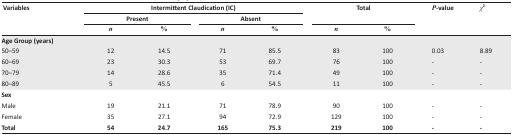
<table><thead><tr><td><b>Variables</b></td><td colspan="4"><b>Intermittent Claudication (IC)</b></td><td colspan="2"><b>Total</b></td><td><b><i>P</i>-value</b></td><td><b><i>χ</i><sup>2</sup></b></td></tr><tr><td></td><td colspan="2"><b>Present</b></td><td colspan="2"><b>Absent</b></td><td></td><td></td><td></td><td></td></tr><tr><td></td><td><b><i>n</i></b></td><td><b>%</b></td><td><b><i>n</i></b></td><td><b>%</b></td><td><b><i>n</i></b></td><td><b>%</b></td><td></td><td></td></tr></thead><tbody><tr><td><b>Age Group (years)</b></td><td></td><td></td><td></td><td></td><td></td><td></td><td></td><td></td></tr><tr><td>50–59</td><td>12</td><td>14.5</td><td>71</td><td>85.5</td><td>83</td><td>100</td><td>0.03</td><td>8.89</td></tr><tr><td>60–69</td><td>23</td><td>30.3</td><td>53</td><td>69.7</td><td>76</td><td>100</td><td>-</td><td>-</td></tr><tr><td>70–79</td><td>14</td><td>28.6</td><td>35</td><td>71.4</td><td>49</td><td>100</td><td>-</td><td>-</td></tr><tr><td>80–89</td><td>5</td><td>45.5</td><td>6</td><td>54.5</td><td>11</td><td>100</td><td>-</td><td>-</td></tr><tr><td><b>Sex</b></td><td></td><td></td><td></td><td></td><td></td><td></td><td></td><td></td></tr><tr><td>Male</td><td>19</td><td>21.1</td><td>71</td><td>78.9</td><td>90</td><td>100</td><td>-</td><td>-</td></tr><tr><td>Female</td><td>35</td><td>27.1</td><td>94</td><td>72.9</td><td>129</td><td>100</td><td>-</td><td>-</td></tr><tr><td><b>Total</b></td><td><b>54</b></td><td><b>24.7</b></td><td><b>165</b></td><td><b>75.3</b></td><td><b>219</b></td><td><b>100</b></td><td><b>-</b></td><td><b>-</b></td></tr></tbody></table>